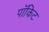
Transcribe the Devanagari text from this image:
पॉकिट